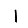
Digit: 1